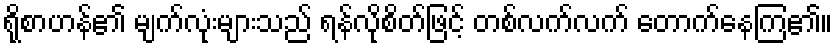
ရိုစာဟန်၏ မျက်လုံးများသည် ရန်လိုစိတ်ဖြင့် တစ်လက်လက် တောက်နေကြ၏။